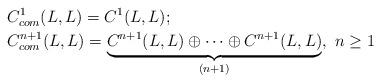
LaTeX: \begin{align*}&C^1_{com} (L,L) = C^1(L,L);\\&C^{n+1}_{com} (L,L) = \underbrace{C^{n+1} (L,L) \oplus \cdots \oplus C^{n+1}(L,L)}_{(n+1) }, ~ n \geq 1\end{align*}